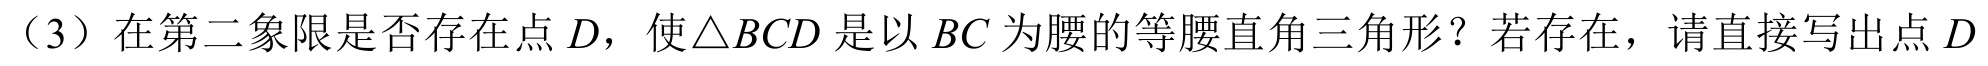
（3）在第二象限是否存在点\(D\)，使\(\triangle BCD\)是以\(BC\)为腰的等腰直角三角形？若存在，请直接写出点\(D\)